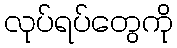
လုပ်ရပ်တွေကို